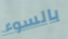
بالسوء